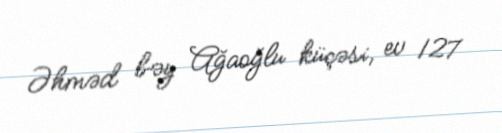
Əhməd bəy Ağaoğlu küçəsi, ev 127